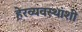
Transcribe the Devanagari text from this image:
हेरव्यवस्थांशी